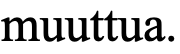
muuttua.